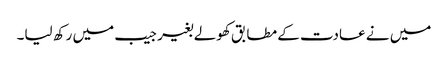
میں نے عادت کے مطابق کھولے بغیر جیب میں رکھ لیا۔